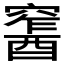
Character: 𨢛